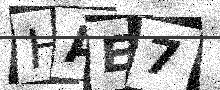
Text: HAE7